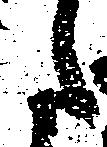
た